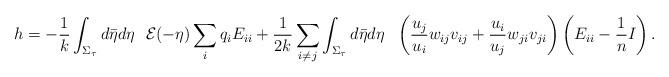
LaTeX: \begin{align*}h=-\frac{1}{k}\int_{\Sigma_{\tau}}d\bar{\eta} d\eta~~{\cal E}(-\eta)\sum_{i}q_i E_{ii}+\frac{1}{2k}\sum_{i\neq j}\int_{\Sigma_{\tau}}d\bar{\eta} d\eta~~\left(\frac{u_j}{u_i}w_{ij}v_{ij}+\frac{u_i}{u_j}w_{ji}v_{ji}\right)\left(E_{ii}-\frac{1}{n}I\right).\end{align*}